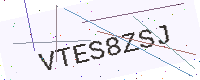
Text: VTES8ZSJ